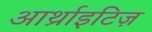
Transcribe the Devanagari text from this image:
आर्थ्राइटिज़